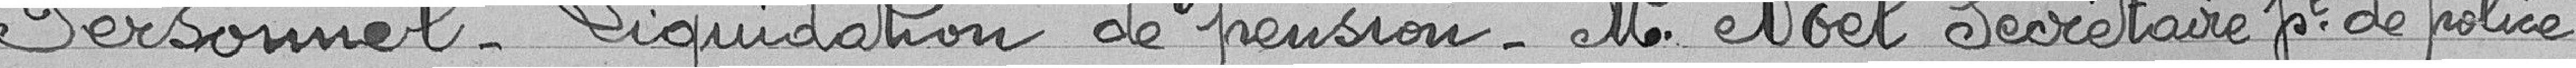
Personnel - Liquidation de pension - Monsieur Noël secrétaire principal de police